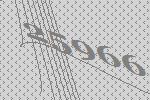
25966